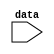
// This program was cloned from: https://github.com/jasonkaufmann/ice40FPGAProjects
// License: MIT License

module display (
    input [7:0] data
);

//instantiate a memory block so 
endmodule